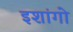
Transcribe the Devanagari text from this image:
इशांगो